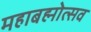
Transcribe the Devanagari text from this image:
महाबह्मोत्‍सव